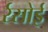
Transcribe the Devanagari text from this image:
र्रसोई